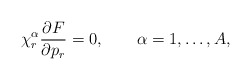
\begin{align*}\chi^\alpha_r \frac{\partial F}{\partial p_r} = 0 , \qquad\alpha = 1,\ldots,A , \end{align*}